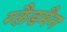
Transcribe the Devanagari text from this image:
ग्लैडमैन